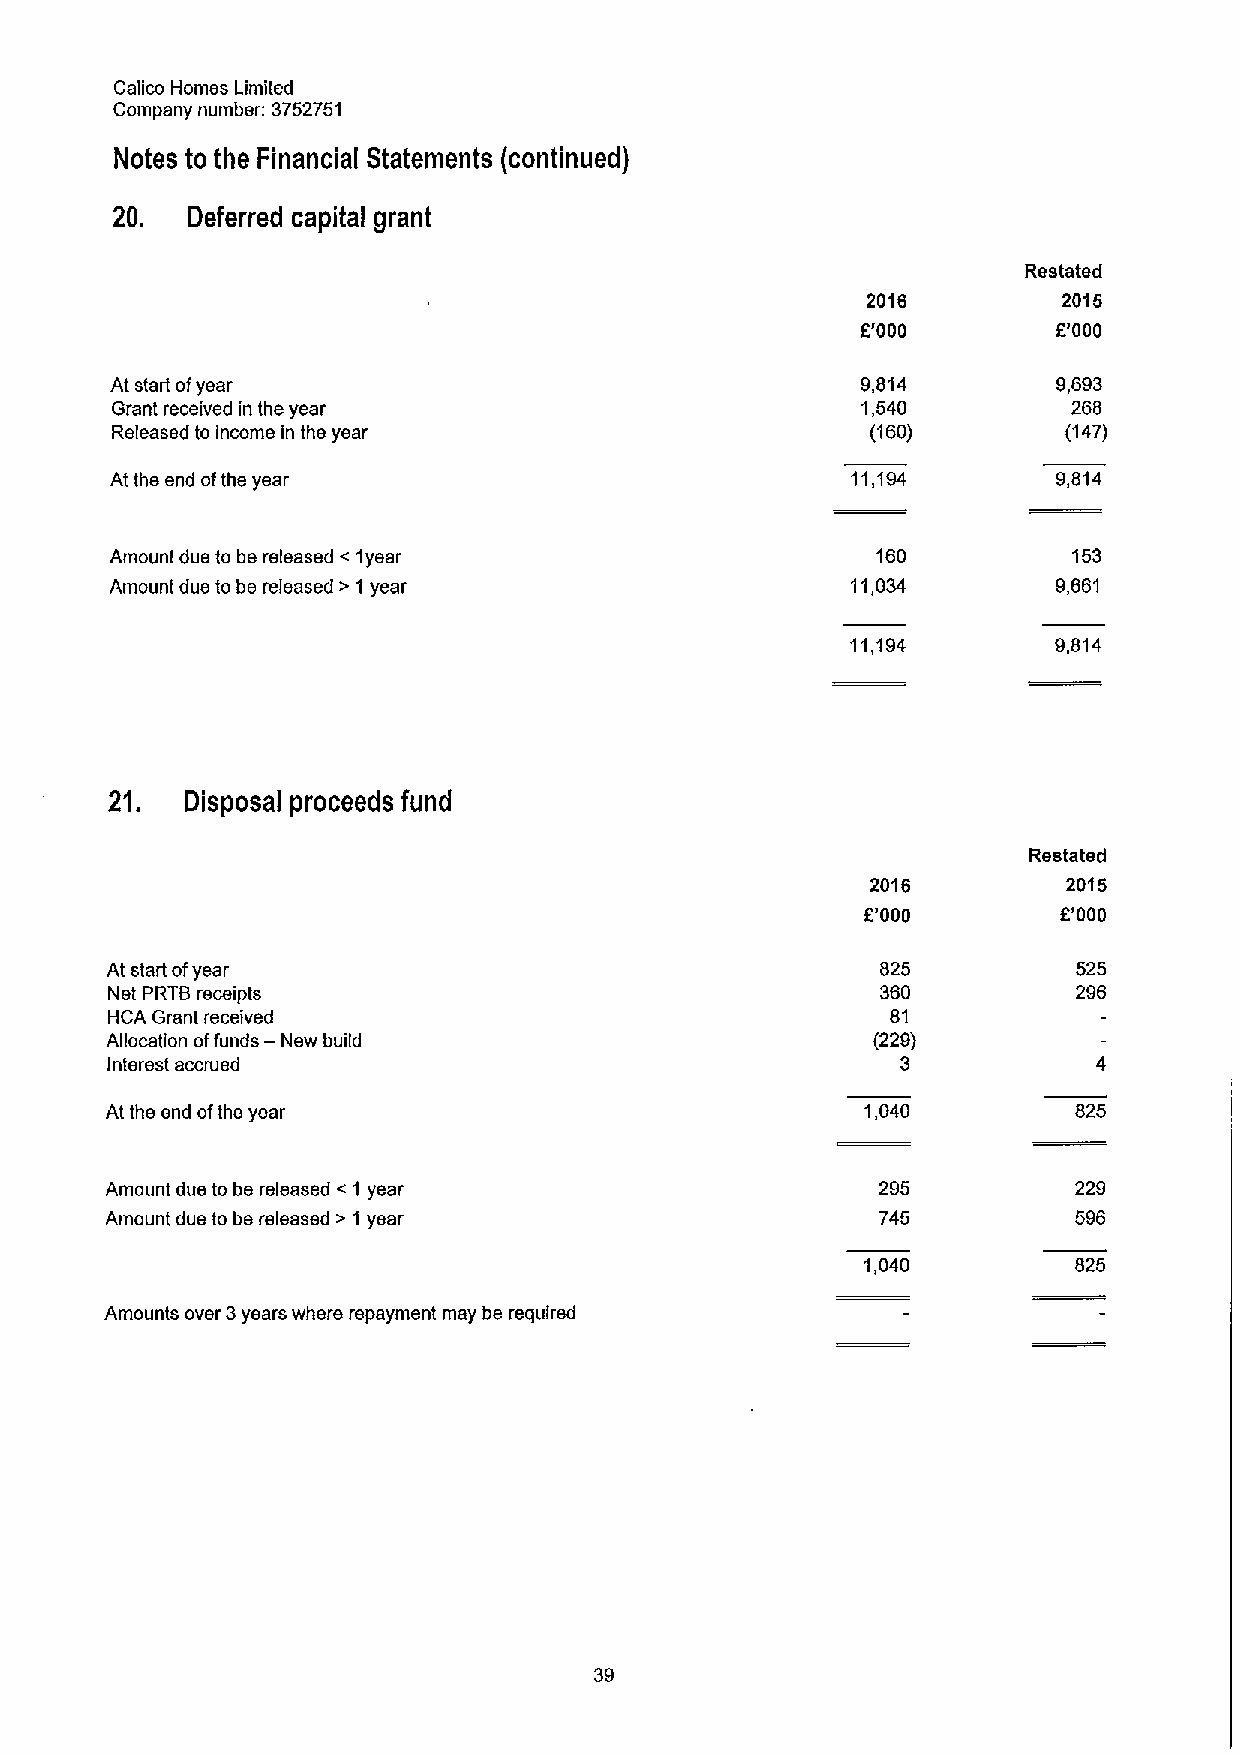
Calico Homes Limited
 Company number: 3752751
 Notes to the Financial Statements (continued)
 20.  Deferred capital grant
 Restated
 2016         2015
 8'000        f.'000
 At start ofyear                                   9,814        9,693
 Grant received in the year                        1,540         268
 Released to Income in ths year                     (160)        (147)
 At the end ofths year                            11,194        9,814
 Amount due to be released & 1year                  160          153
 Amount due to be released & 1year                11,034        9,661
 11,194        9,814
 21.  Disposal proceeds fund
 Restated
 2016         2015
 E'000        f'000
 At start ofyear                                    825          525
 Net PRTBreceipts                                   360          296
 HCA Grant received                                  81
 —
 Allocation offunds New build                       (229)
 Interest accrued                                     3
 At the snd ofthe year                             1,040         825
 Amount due to be released & 1 year                 295          229
 Amount due to be released & 1 year                 745          596
 1,040         825
 Amounts over 3years where repayment may be required
 39